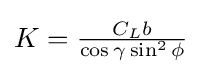
{\textstyle K={\frac {C_{L}b}{\cos \gamma \sin ^{2}\phi }}}